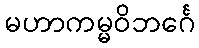
မဟာကမ္မဝိဘင်္ဂေ